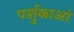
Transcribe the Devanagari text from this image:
पर्शुकाआं